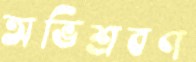
অভিশ্রবণ